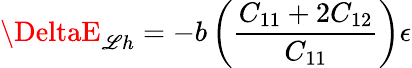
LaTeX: \DeltaE_{\mathscr{L}h}=-b\left({\frac{{C_{11}+2C_{12}}}{{C_{11}}}}\right)\epsilon